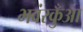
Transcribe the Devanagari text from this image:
भवंरकुँआ